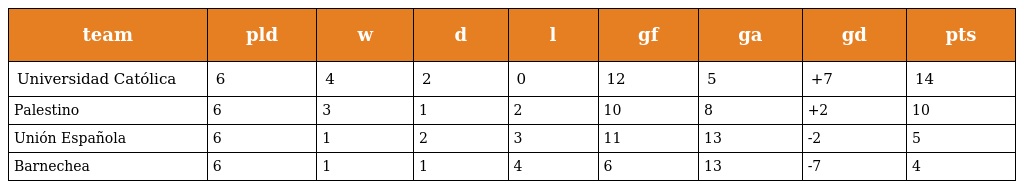
| team | pld | w | d | l | gf | ga | gd | pts |
 | --- | --- | --- | --- | --- | --- | --- | --- | --- |
 | Universidad Católica | 6 | 4 | 2 | 0 | 12 | 5 | +7 | 14 |
 | Palestino | 6 | 3 | 1 | 2 | 10 | 8 | +2 | 10 |
 | Unión Española | 6 | 1 | 2 | 3 | 11 | 13 | -2 | 5 |
 | Barnechea | 6 | 1 | 1 | 4 | 6 | 13 | -7 | 4 |